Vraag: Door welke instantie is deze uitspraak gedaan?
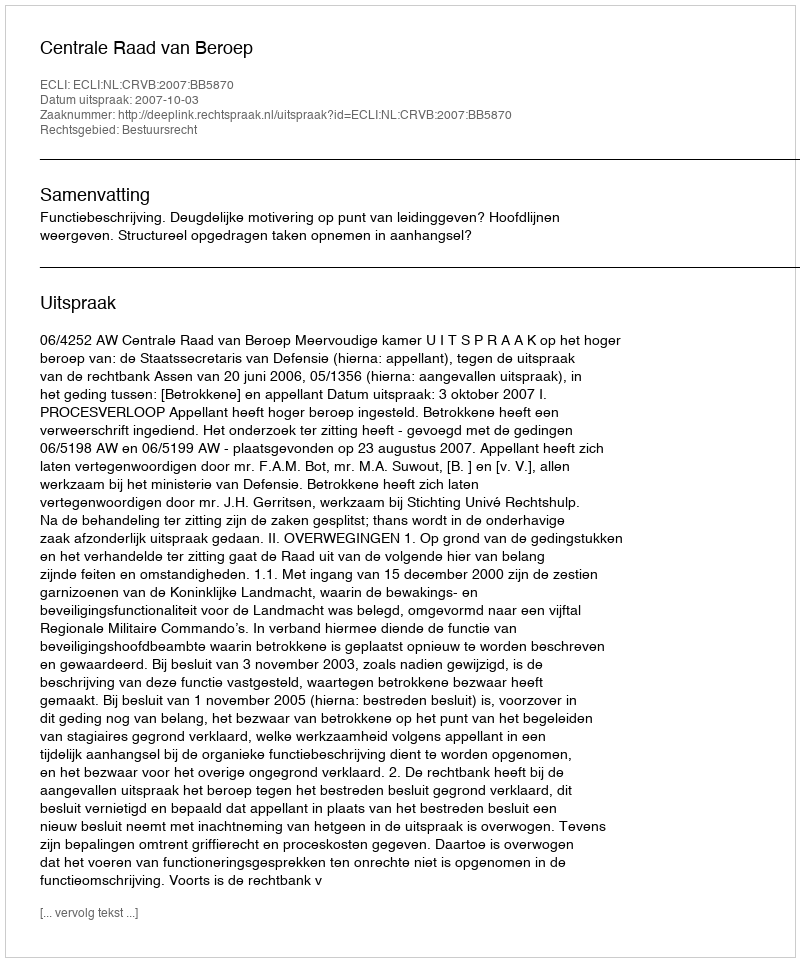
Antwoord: Centrale Raad van Beroep